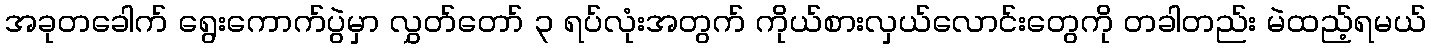
အခုတခေါက် ရွေးကောက်ပွဲမှာ လွှတ်တော် ၃ ရပ်လုံးအတွက် ကိုယ်စားလှယ်လောင်းတွေကို တခါတည်း မဲထည့်ရမယ်